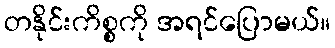
တနိုင်းကိစ္စကို အရင်ပြောမယ်။